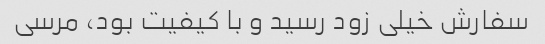
سفارش خیلی زود رسید و با کیفیت بود، مرسی